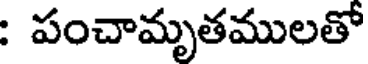
: పంచామృతములతో